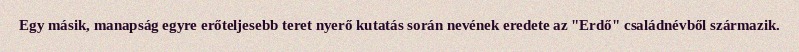
Egy másik, manapság egyre erőteljesebb teret nyerő kutatás során nevének eredete az "Erdő" családnévből származik.